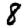
Digit: 8